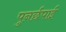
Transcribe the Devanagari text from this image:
पुनर्छपाई